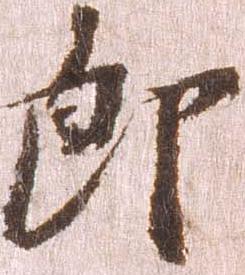
郎